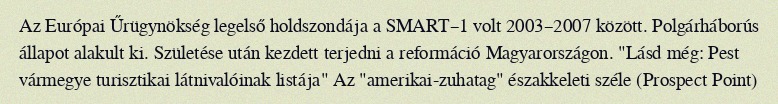
Az Európai Űrügynökség legelső holdszondája a SMART–1 volt 2003–2007 között. Polgárháborús állapot alakult ki. Születése után kezdett terjedni a reformáció Magyarországon. "Lásd még: Pest vármegye turisztikai látnivalóinak listája" Az "amerikai-zuhatag" északkeleti széle (Prospect Point)